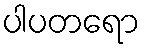
ပါပတရော